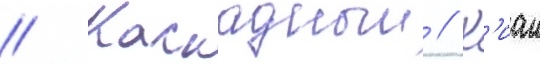
// Каскадныи // К'иан